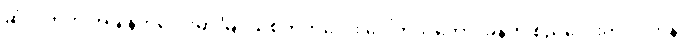
ဆုံလိုက်တဲ့ အချိန်ကလေးမှာ မြင်သိစိတ်ကလေး ပေါ်တဲ့သဘော၊ ခုနက စည်လေးကို လက်နဲ့